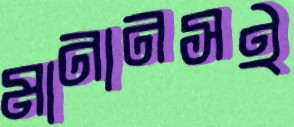
মানানসই